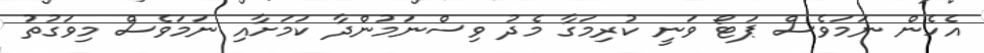
އެހެން ނަމަވެސް ޕަޓޯ ވަނީ ކުރިމަގާ މެދު ވިސްނަމުންދާ ކަމަށާއި ނަމަވެސް މިވަގުތު